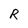
Character: R